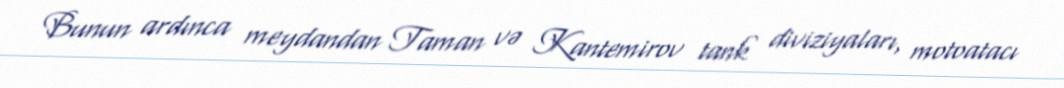
Bunun ardınca meydandan Taman və Kantemirov tank diviziyaları, motoatacı